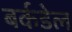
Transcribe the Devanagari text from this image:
बर्कडेल